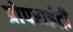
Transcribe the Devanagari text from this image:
प्रोपराईट्री